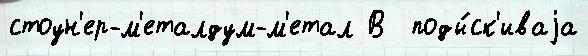
стоун'ер-м'еталдум-м'етал В  поды́ск'иваjа